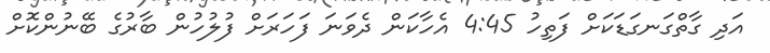
އަދި ގާތްގަނގަޑަކަށް ފަތިހު 4:45 އެހާކަން ދެވަނަ ފަހަރަށް ފުލުހުން ބާރުގެ ބޭނުންކޮށް